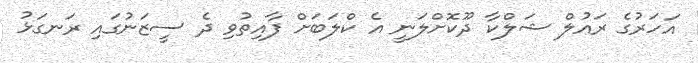
އަހަރުގެ ރައުލް ޝަލްކާ ދޫކޮށްލަނީ އެ ކްލަބަށް ފާއިތުވި ދެ ސީޒަނުގައި ރަނގަޅު